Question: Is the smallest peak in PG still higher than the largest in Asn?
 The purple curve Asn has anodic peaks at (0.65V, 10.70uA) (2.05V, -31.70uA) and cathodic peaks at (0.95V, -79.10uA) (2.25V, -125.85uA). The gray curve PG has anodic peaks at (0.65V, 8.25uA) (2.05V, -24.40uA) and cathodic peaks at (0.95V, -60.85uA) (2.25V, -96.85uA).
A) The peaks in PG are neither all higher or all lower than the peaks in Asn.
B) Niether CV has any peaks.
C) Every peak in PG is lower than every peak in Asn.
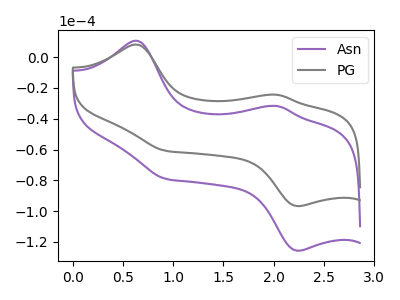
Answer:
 <answer>A) The peaks in "PG" are neither all higher or all lower than the peaks in "Asn".</answer>
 <eval>A</eval>